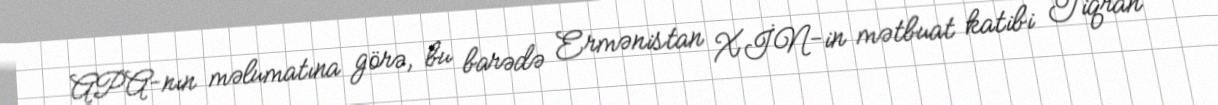
APA-nın məlumatına görə, bu barədə Ermənistan XİN-in mətbuat katibi Tiqran